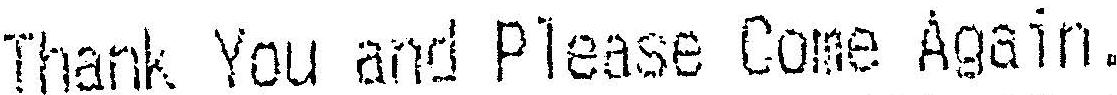
THANK YOU AND PLEASE COME AGAIN.